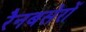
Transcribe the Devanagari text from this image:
रैनबसेरों